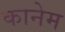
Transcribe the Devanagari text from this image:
कानेम